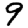
Digit: 9